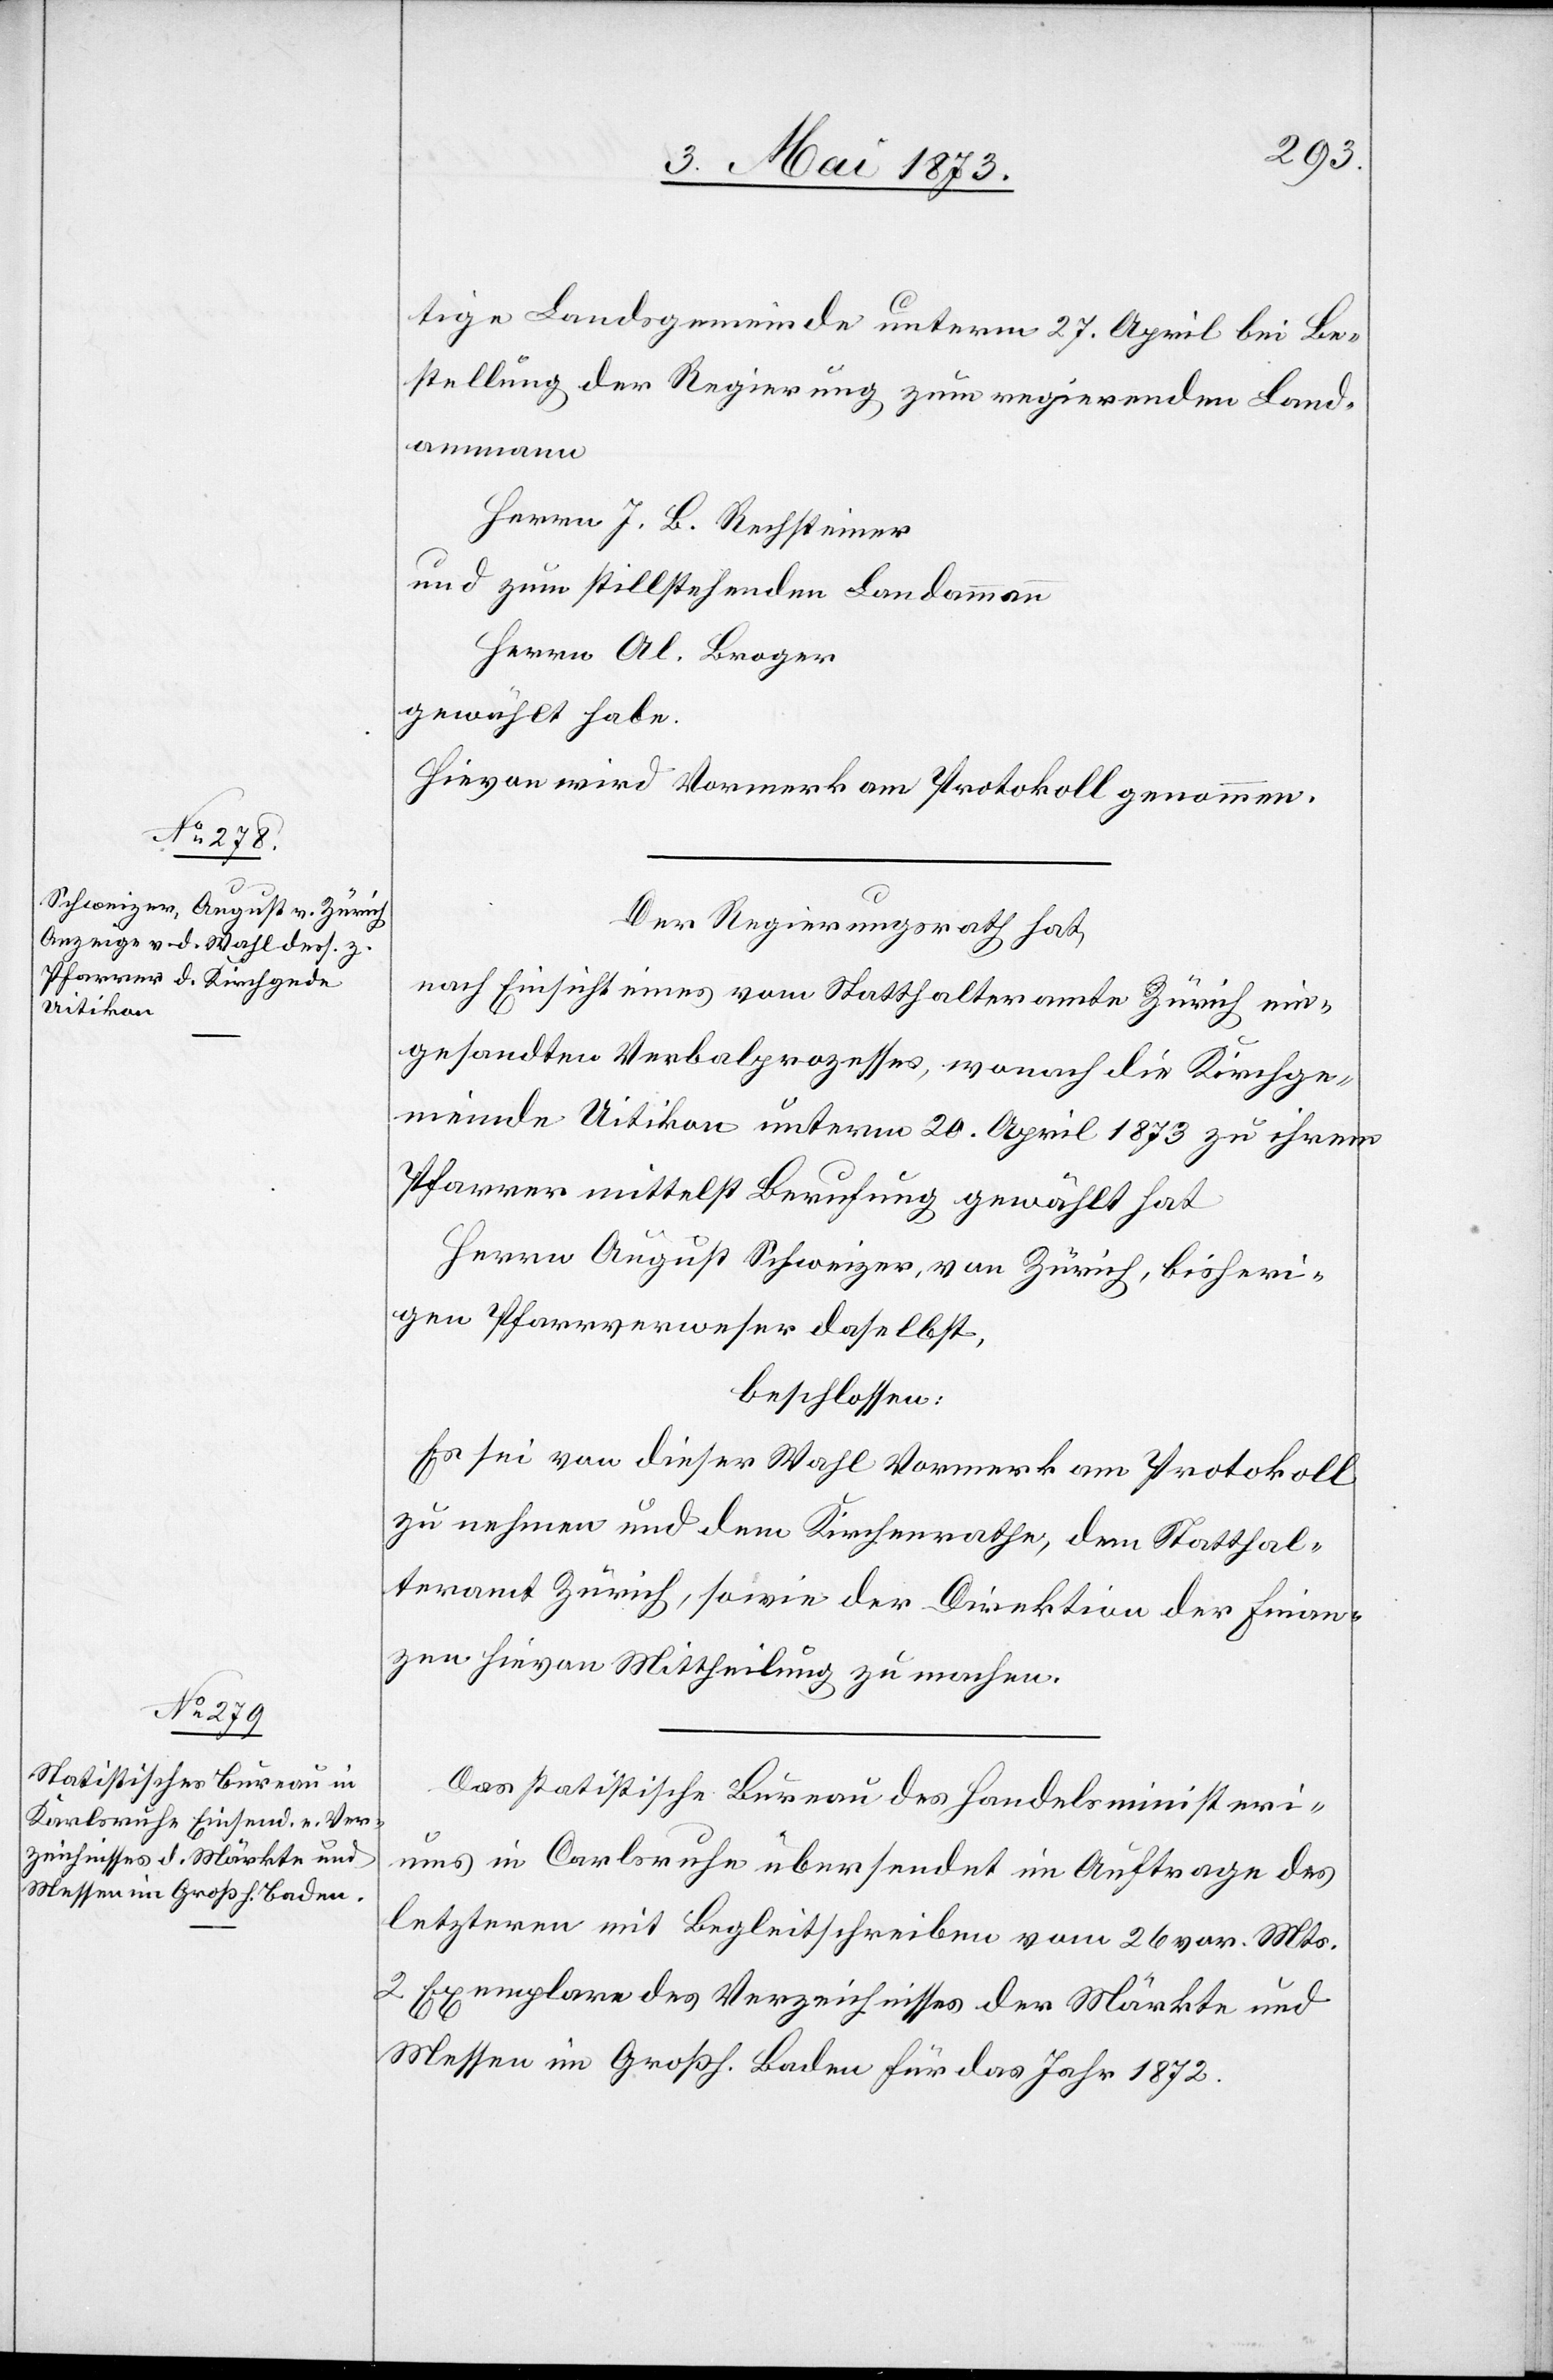
tige Landsgemeinde unterm 27. April bei Be¬
stellung der Regierung zum regierenden Land¬
ammann
Herrn J. B. Rechsteiner
und zum stillstehenden Landammann
Herrn Al. Broger
gewählt habe.
Hievon wird Vormerk am Protokoll genommen.
Der Regierungsrath hat,
nach Einsicht eines vom Statthalteramte Zürich ein¬
gesandten Verbalprozesses, wonach die Kirchge¬
meinde Uitikon unterm 20. April 1873 zu ihrem
Pfarrer mittelst Berufung gewählt hat
Herrn August Schweizer, von Zürich, bisheri¬
gen Pfarrverweser daselbst,
beschlossen:
Es sei von dieser Wahl Vormerk am Protokoll
zu nehmen und dem Kirchenrathe, dem Statthal¬
teramt Zürich, sowie der Direktion der Finan¬
zen hievon Mittheilung zu machen.
Das statistische Bureau des Handelsministeri¬
ums in Carlsruhe [sic!] übersendet im Auftrage des
letzteren mit Begleitschreiben vom 26. vor. Mts.
2 Exemplare des Verzeichnisses der Märkte und
Messen im Großh. Baden für das Jahr 1872.